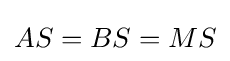
{\textstyle AS=BS=MS}